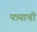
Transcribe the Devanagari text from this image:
पत्र्याची